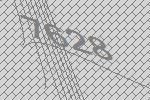
7628